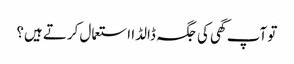
تو آپ گھی کی جگہ ڈالڈا استعمال کرتے ہیں؟